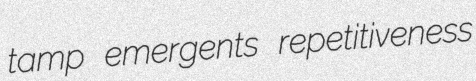
tamp emergents repetitiveness